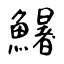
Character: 鱪